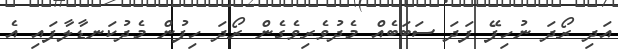
އަދި ރޯދަ ނުހިފޭ ފަދަ ސަބަބެއް މެދުވެރިވެގެން ރޯދަ ހިފުން މެދުކަނޑާލާފައި އެ